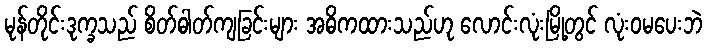
မုန်တိုင်းဒုက္ခသည် စိတ်ဓါတ်ကျခြင်းများ အဓိကထားသည်ဟု လောင်းလုံးမြို့တွင် လုံးဝမပေးဘဲ